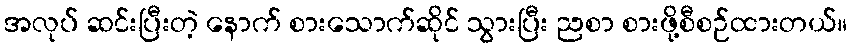
အလုပ် ဆင်းပြီးတဲ့ နောက် စားသောက်ဆိုင် သွားပြီး ညစာ စားဖို့စီစဉ်ထားတယ်။